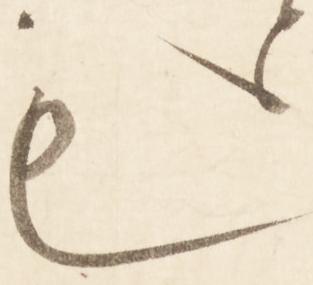
も